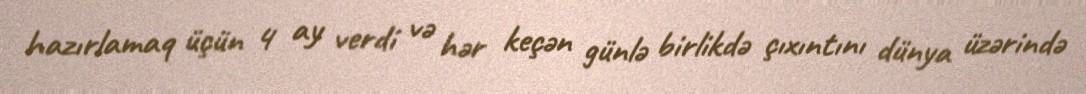
hazırlamaq üçün 4 ay verdi və hər keçən günlə birlikdə çıxıntını dünya üzərində